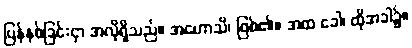
ပြန်နစ်ခြင်းငှာ အလိုရှိသည်။ အဟောသိ၊ ဖြစ်၏။ အထ ခေါ၊ ထိုအခါ၌။